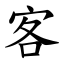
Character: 客